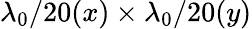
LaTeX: \lambda_{0}/20(x)\times\lambda_{0}/20(y)